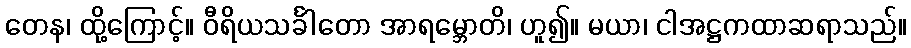
တေန၊ ထို့ကြောင့်။ ဝီရိယသင်္ခါတော အာရမ္ဘောတိ၊ ဟူ၍။ မယာ၊ ငါအဋ္ဌကထာဆရာသည်။